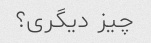
چیز دیگری؟